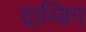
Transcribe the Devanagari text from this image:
दान्जिग